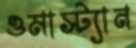
ওমাস্ট্যান